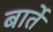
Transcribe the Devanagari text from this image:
बार्ते